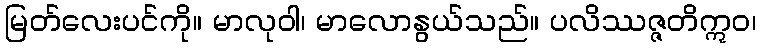
မြတ်လေးပင်ကို။ မာလုဝါ၊ မာလောနွယ်သည်။ ပလိဿဇ္ဇတိဣဝ၊